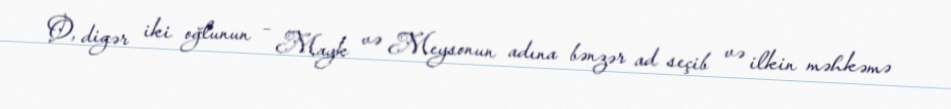
O, digər iki oğlunun – Mayk və Meysonun adına bənzər ad seçib və ilkin məhkəmə